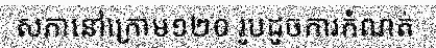
សភានៅក្រោម១២០ រូបដូចការកំណត់